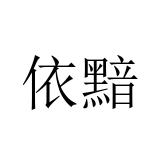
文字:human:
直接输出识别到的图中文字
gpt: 依黯